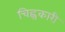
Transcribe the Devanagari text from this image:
चिह्नकारी